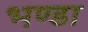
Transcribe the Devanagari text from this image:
भण्डा